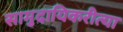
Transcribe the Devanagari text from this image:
सामुदायिकरीत्या